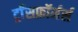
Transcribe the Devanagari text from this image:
ट्राँसफ़ॉर्मर्स